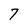
Character: 7